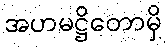
အဟမဋ္ဌိတောမှိ